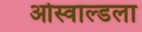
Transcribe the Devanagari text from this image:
ओस्वाल्डला